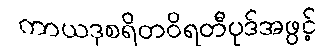
ကာယဒုစရိတဝိရတီပုဒ်အဖွင့်